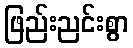
ဖြည်းညင်းစွာ